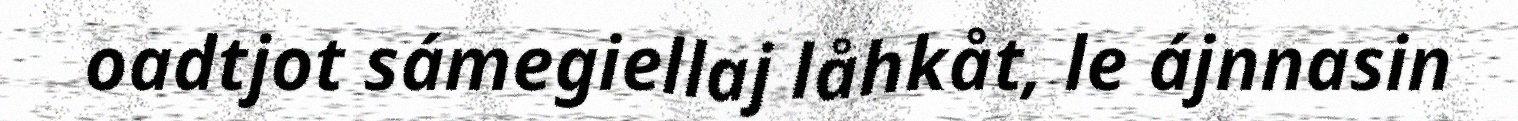
oadtjot sámegiellaj låhkåt, le ájnnasin